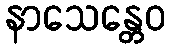
နာသေန္တေဝ